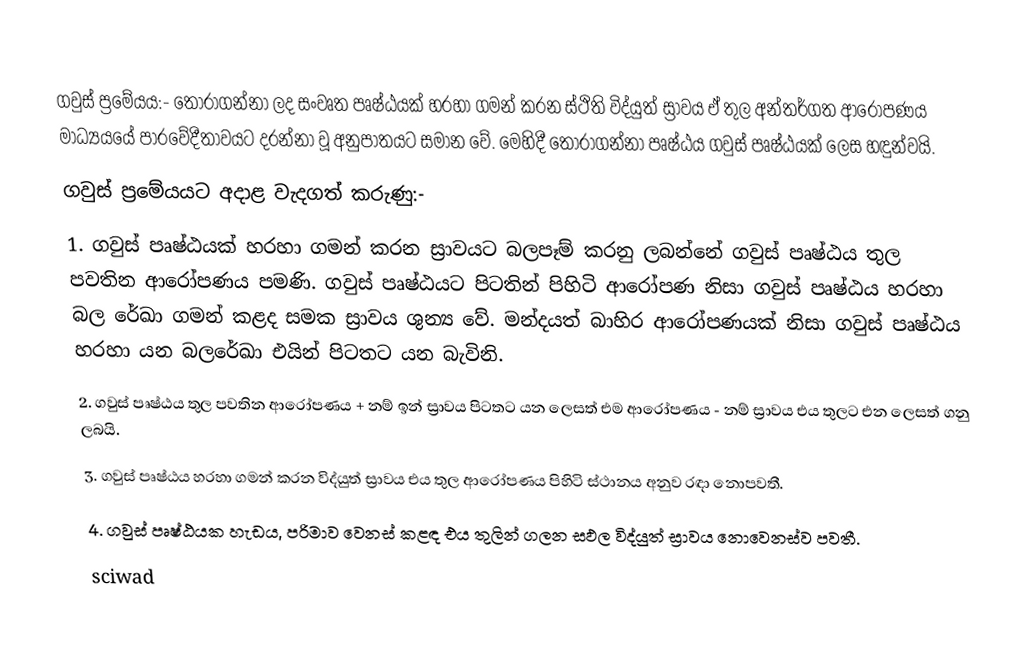
ගවුස් ප්‍රමේයය:- තෝරාගන්නා ලද සංවෘත පෘෂ්ඨයක් හරහා ගමන් කරන ස්ථිති විද්යුත් ස්‍රාවය ඒ තුල අන්තර්ගත ආරෝපණය මාධ්‍යයයේ පාරවේදීතාවයට දරන්නා වූ අනුපාතයට සමාන වේ. මෙහිදී තෝරාගන්නා පෘෂ්ඨය ගවුස් පෘෂ්ඨයක්  ලෙස හඳුන්වයි.
ගවුස් ප්‍රමේයයට අදාළ වැදගත්  කරුණු:-
1. ගවුස් පෘෂ්ඨයක් හරහා ගමන්  කරන ස්‍රාවයට බලපෑම් කරනු ලබන්නේ ගවුස් පෘෂ්ඨය තුල පවතින ආරෝපණය පමණි. ගවුස් පෘෂ්ඨයට පිටතින් පිහිටි ආරෝපණ නිසා ගවුස් පෘෂ්ඨය හරහා  බල රේඛා ගමන් කළද සමක ස්‍රාවය ශුන්‍ය වේ. මන්දයත් බාහිර ආරෝපණයක් නිසා ගවුස් පෘෂ්ඨය හරහා යන බලරේඛා එයින් පිටතට යන බැවිනි.
2. ගවුස් පෘෂ්ඨය තුල පවතින ආරෝපණය + නම් ඉන් ස්‍රාවය පිටතට යන ලෙසත් එම ආරෝපණය - නම් ස්‍රාවය එය තුලට එන ලෙසත් ගනු ලබයි.
3. ගවුස් පෘෂ්ඨය හරහා ගමන් කරන විද්යුත් ස්‍රාවය එය තුල ආරෝපණය පිහිටි ස්ථානය අනුව රඳා නොපවතී.
4. ගවුස් පෘෂ්ඨයක හැඩය, පරිමාව වෙනස් කළඳ එය තුලින් ගලන සඵල විද්යුත් ස්‍රාවය නොවෙනස්ව පවතී.
sciwad